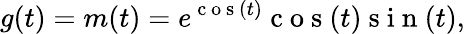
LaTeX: g(t)=m(t)=e^{\mathrm{~c~o~s~}(t)}\mathrm{~c~o~s~}(t)\mathrm{~s~i~n~}(t),